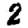
Digit: 2